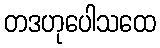
တဒဟုပေါသထေ